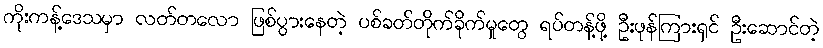
ကိုးကန့်ဒေသမှာ လတ်တလော ဖြစ်ပွားနေတဲ့ ပစ်ခတ်တိုက်ခိုက်မှုတွေ ရပ်တန့်ဖို့ ဦးဖုန်ကြားရှင် ဦးဆောင်တဲ့